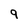
Character: 9